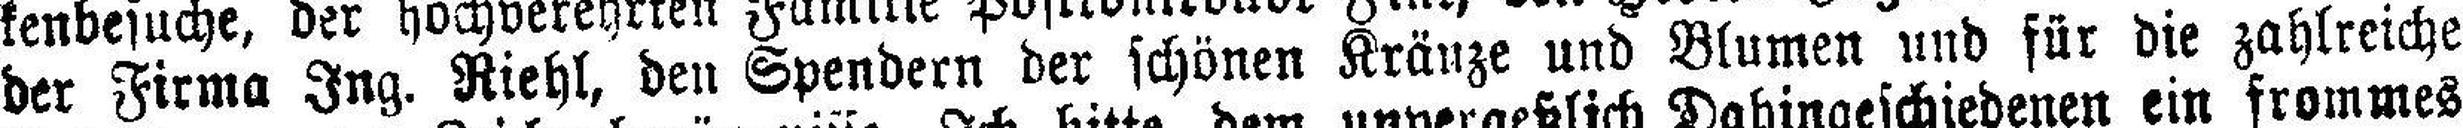
der Firma Ing. Riehl, den Spendern der schönen Kränze und Blumen und für die zahlreiche